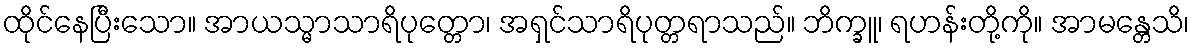
ထိုင်နေပြီးသော။ အာယသ္မာသာရိပုတ္တော၊ အရှင်သာရိပုတ္တရာသည်။ ဘိက္ခူ၊ ရဟန်းတို့ကို။ အာမန္တေသိ၊